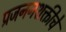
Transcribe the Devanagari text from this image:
प्रजननशक्तीचे